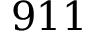
9 1 1